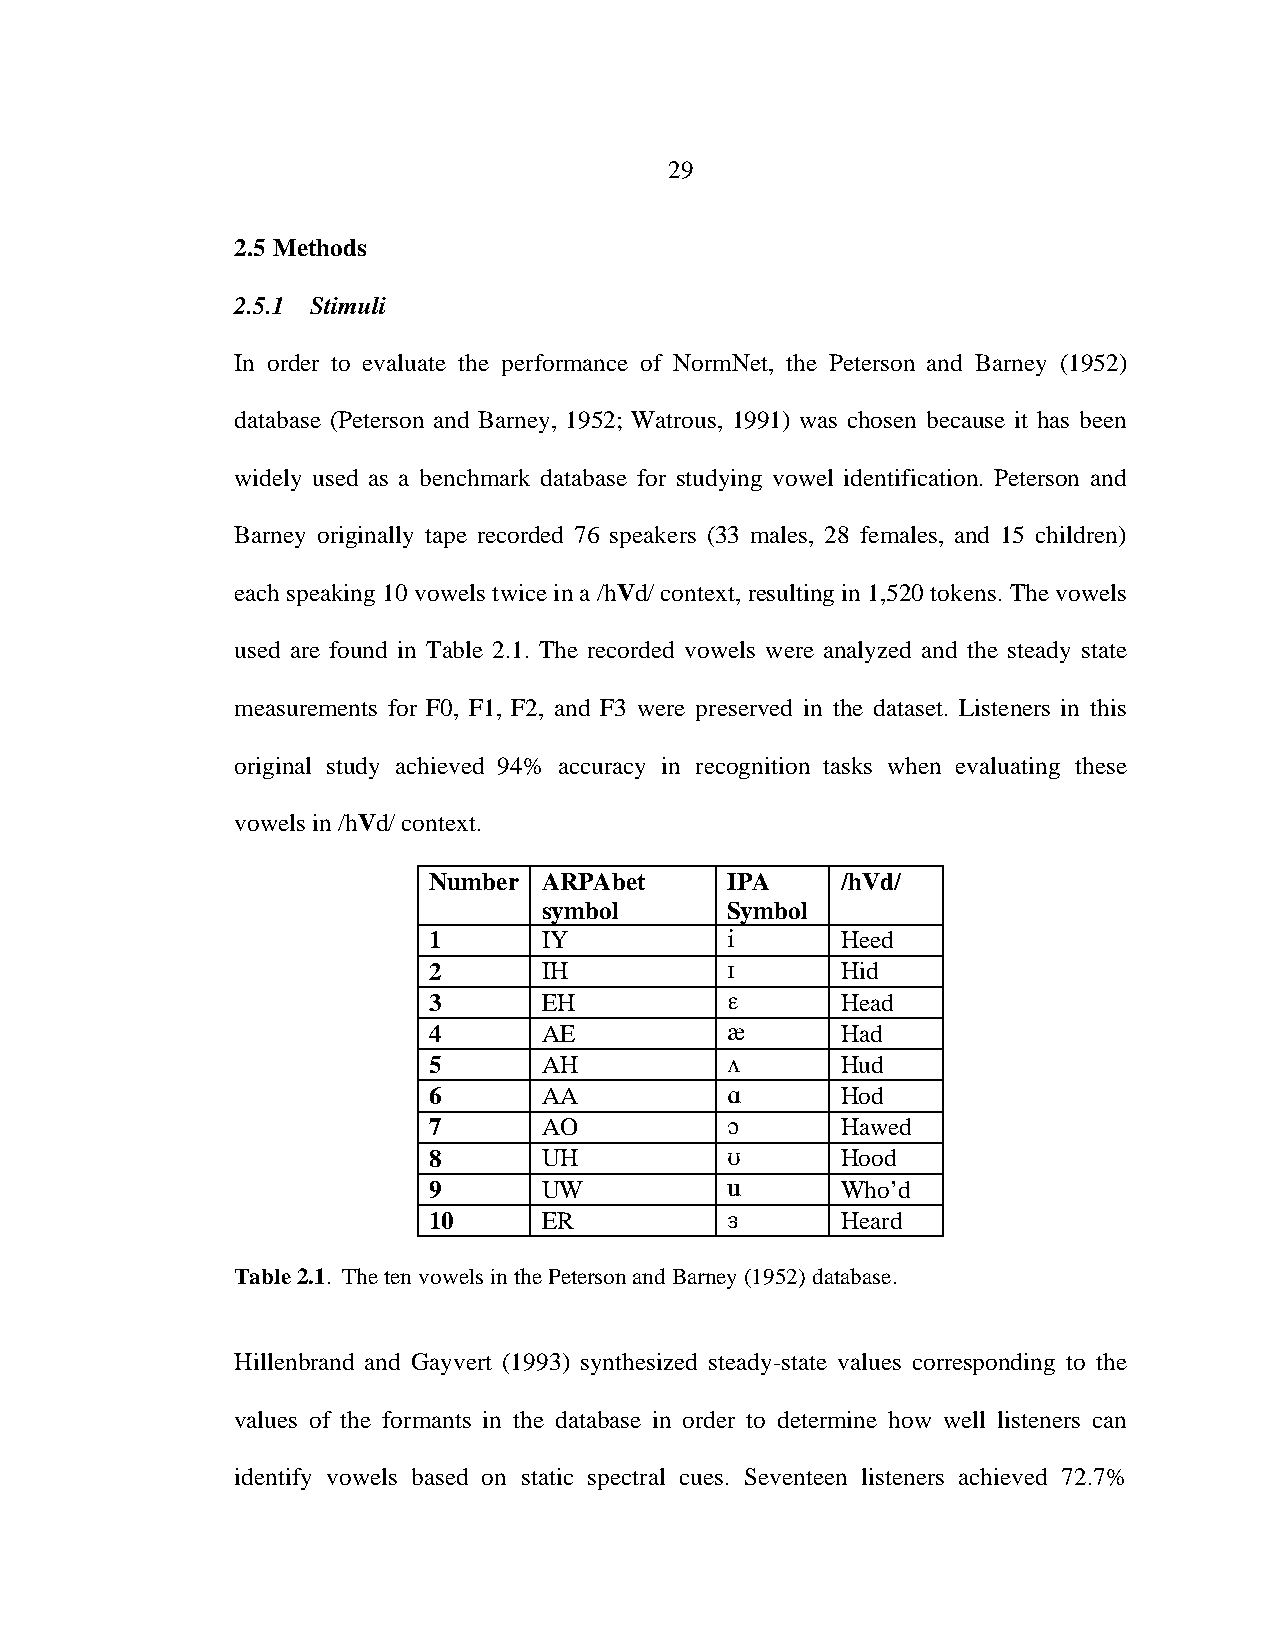
29
 2.5 Methods
 2.5.1 Stimuli
 In order to evaluate the performance of NormNet, the Peterson and Barney (1952)
 database (Peterson and Barney, 1952; Watrous, 1991) was chosen because it has been
 widely used as a benchmark database for studying vowel identification. Peterson and
 Barney originally tape recorded 76 speakers (33 males, 28 females, and 15 children)
 each speaking 10 vowels twice in a /hVd/ context, resulting in 1,520 tokens. The vowels
 used are found in Table 2.1. The recorded vowels were analyzed and the steady state
 measurements for F0, F1, F2, and F3 were preserved in the dataset. Listeners in this
 original study achieved 94% accuracy in recognition tasks when evaluating these
 vowels in /hVd/ context.
 Number  ARPAbet     IPA     /hVd/
 symbol      Symbol
 1       IY                 Heed
 2       IH                 Hid
 3       EH                 Head
 4       AE                 Had
 5       AH                 Hud
 6       AA                 Hod
 7       AO                 Hawed
 8       UH                 Hood
 9       UW                 Who’d
 10      ER                 Heard
 Table 2.1. The ten vowels in the Peterson and Barney (1952) database.
 Hillenbrand and Gayvert (1993) synthesized steady-state values corresponding to the
 values of the formants in the database in order to determine how well listeners can
 identify vowels based on static spectral cues. Seventeen listeners achieved 72.7%